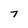
Character: 7